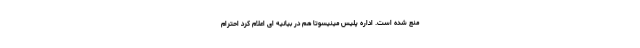
منع شده است. اداره پلیس مینیسوتا هم در بیانیه ای اعلام کرد احترام